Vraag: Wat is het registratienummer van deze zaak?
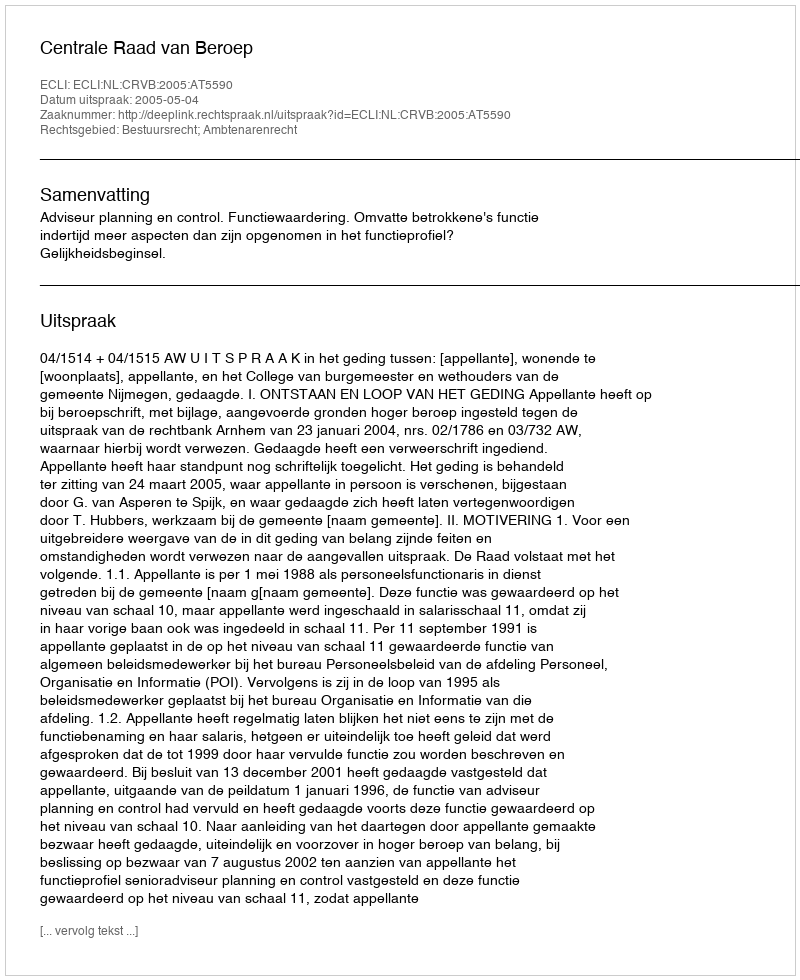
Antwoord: http://deeplink.rechtspraak.nl/uitspraak?id=ECLI:NL:CRVB:2005:AT5590